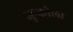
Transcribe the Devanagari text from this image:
जुन्कोला